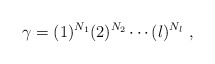
\begin{align*}\gamma = (1)^{N_1} (2)^{N_2} \cdots (l)^{N_l} ~,\end{align*}